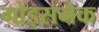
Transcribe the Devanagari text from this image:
गोड्समैक